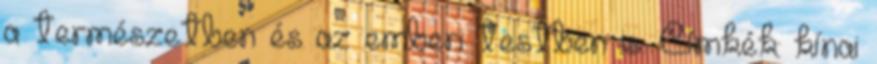
a természetben és az emberi testben is. Címkék: kínai